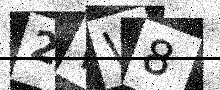
Text: 2WW8